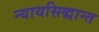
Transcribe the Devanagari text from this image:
न्यायसिद्धान्त